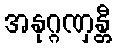
အနုဂ္ဂဏှန္တီ